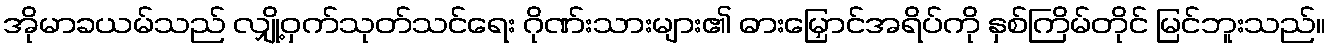
အိုမာခယမ်သည် လျှို့ဝှက်သုတ်သင်ရေး ဂိုဏ်းသားများ၏ ဓားမြှောင်အရိပ်ကို နှစ်ကြိမ်တိုင် မြင်ဘူးသည်။